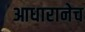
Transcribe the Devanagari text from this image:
आधारानेच